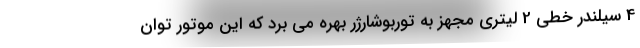
4 سيلندر خطي 2 ليتري مجهز به توربوشارژر بهره مي برد كه این موتور توان